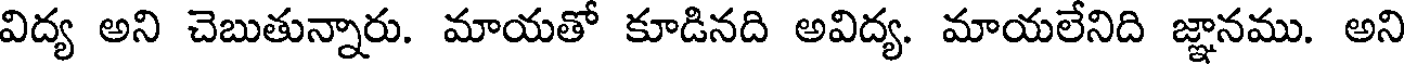
విద్య అని చెబుతున్నారు. మాయతో కూడినది అవిద్య. మాయలేనిది జ్ఞానము. అని